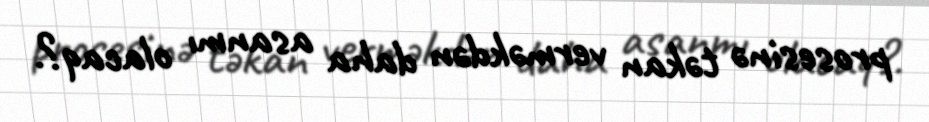
prosesinə təkan verməkdən daha asanmı olacaq?.